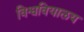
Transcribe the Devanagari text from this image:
विश्ववियालय